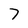
Character: 7